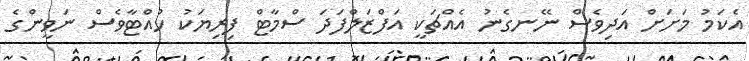
އެކަމު މަށަށް އަދިވެސް ނޭނގެނު އެއްޗަކީ އަފްޒަލްފަދަ ސްމާޓް ފިރިޔަކު ހުއްޓާވެސް ނަވީންގެ